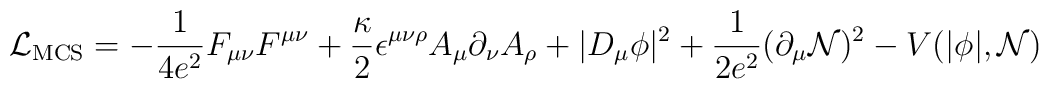
{\cal L}_{\rm MCS}=-\frac{1}{4e^2}F_{\mu\nu}F^{\mu\nu} +\frac{\kappa}{2}\epsilon^{\mu\nu\rho}A_\mu \partial_\nu A_\rho +|D_\mu \phi |^2 +\frac{1}{2e^2}(\partial_\mu {\cal N})^2 -V(|\phi|,{\cal N})